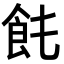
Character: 𩚊